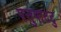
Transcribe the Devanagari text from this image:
पत्तुपाटटु